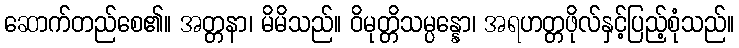
ဆောက်တည်စေ၏။ အတ္တနာ၊ မိမိသည်။ ဝိမုတ္တိသမ္ပန္နော၊ အရဟတ္တဖိုလ်နှင့်ပြည့်စုံသည်။